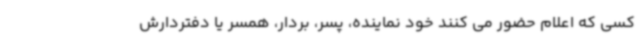
کسی که اعلام حضور می کنند خود نماینده، پسر، بردار، همسر یا دفتردارش